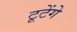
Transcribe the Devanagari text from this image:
टूटेंगे